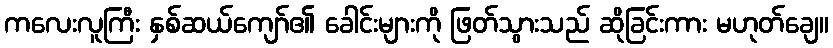
ကလေးလူကြီး နှစ်ဆယ်ကျော်၏ ခေါင်းများကို ဖြတ်သွားသည် ဆိုခြင်းကား မဟုတ်ချေ။